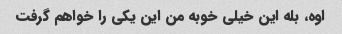
اوه، بله این خیلی خوبه من این یکی را خواهم گرفت